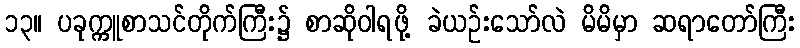
၁၃။ ပခုက္ကူစာသင်တိုက်ကြီး၌ စာဆိုဝါရဖို့ ခဲယဉ်းသော်လဲ မိမိမှာ ဆရာတော်ကြီး